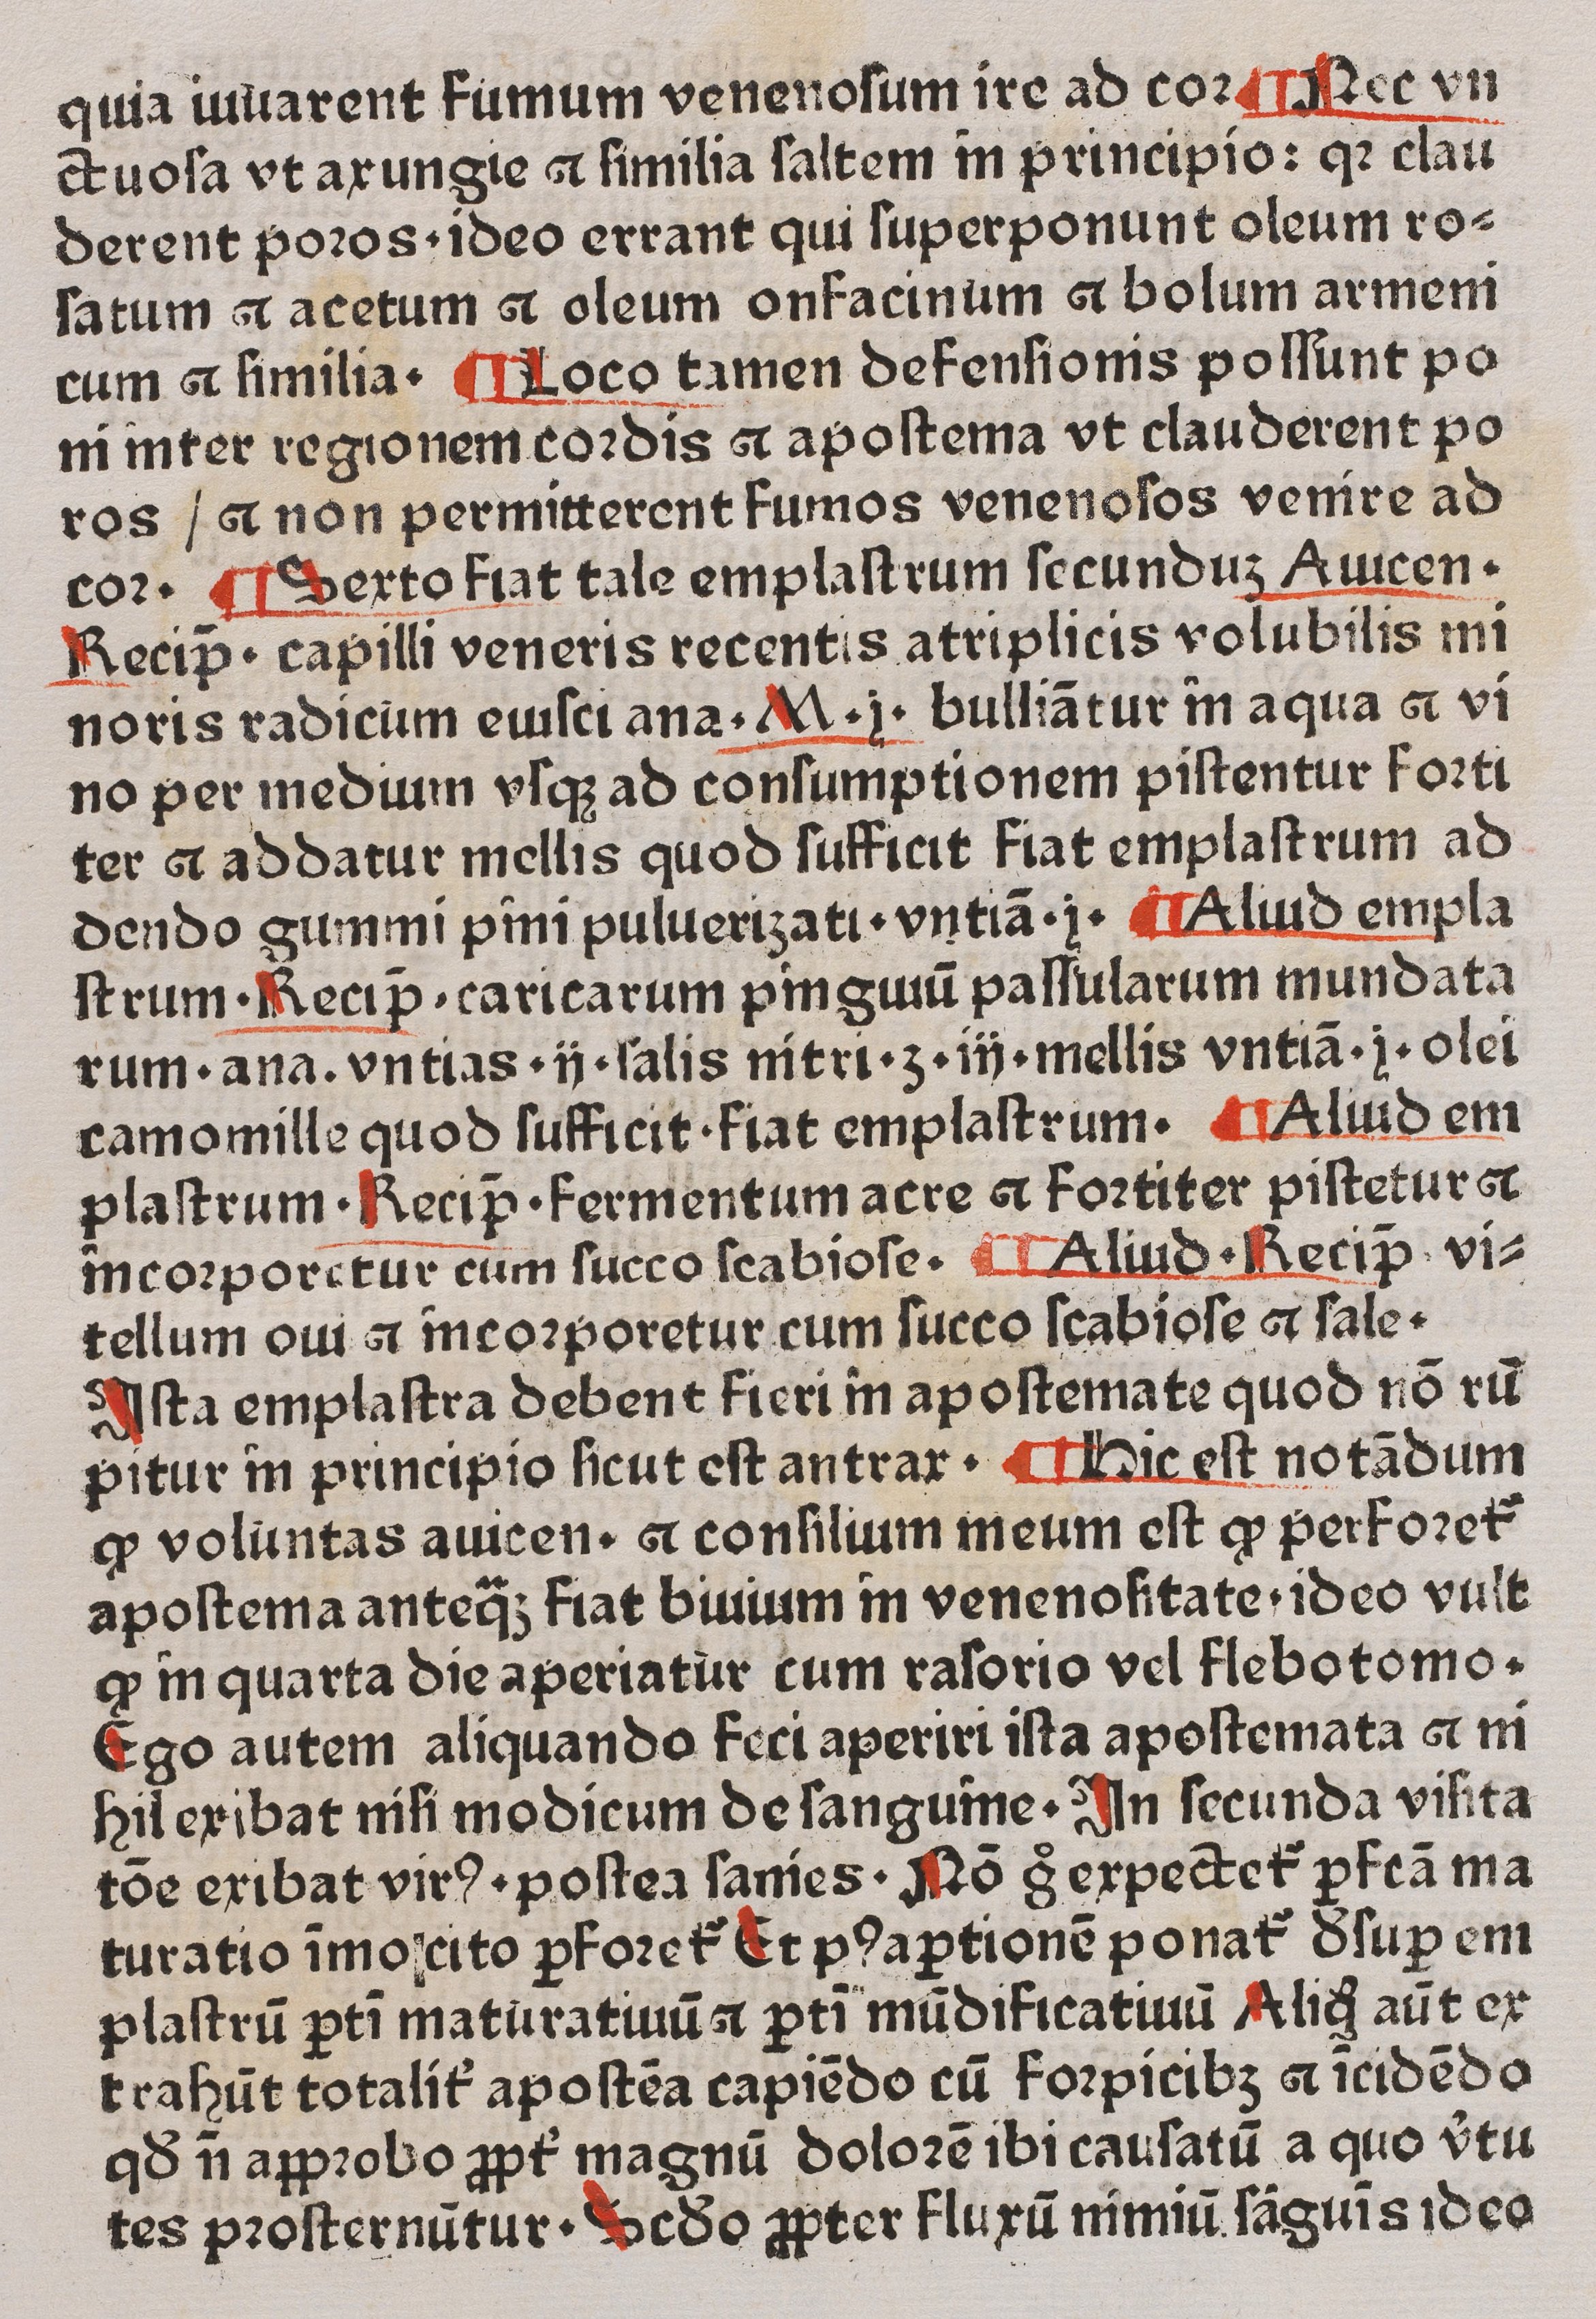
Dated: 1400–1499